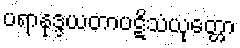
ပရာနုဒ္ဒယတာပဋိသံယုတ္တော